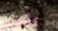
القطب